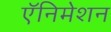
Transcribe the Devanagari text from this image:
ऍनिमेशन